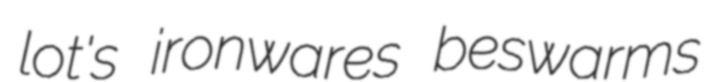
lot's ironwares beswarms